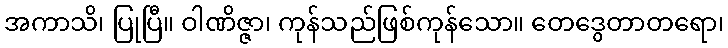
အကာသိ၊ ပြုပြီ။ ဝါဏိဇ္ဇာ၊ ကုန်သည်ဖြစ်ကုန်သော။ တေဒွေတာတရော၊